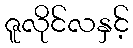
ဇူလိုင်လနှင့်